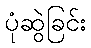
ပုံဆွဲခြင်း